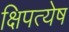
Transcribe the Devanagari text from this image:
क्षिपत्येष